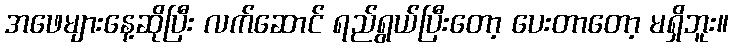
အဖေများနေ့ဆိုပြီး လက်ဆောင် ရည်ရွယ်ပြီးတော့ ပေးတာတော့ မရှိဘူး။